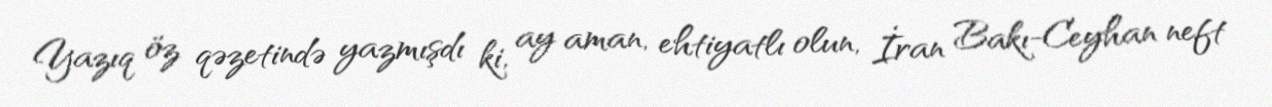
Yazıq öz qəzetində yazmışdı ki, ay aman, ehtiyatlı olun, İran Bakı-Ceyhan neft